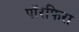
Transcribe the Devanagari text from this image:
पॉरफिरा